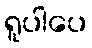
ရူပါပေ